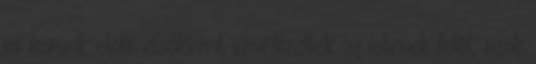
mi korunk előtt elsőkként elmélkedtek az istenek felől, azok